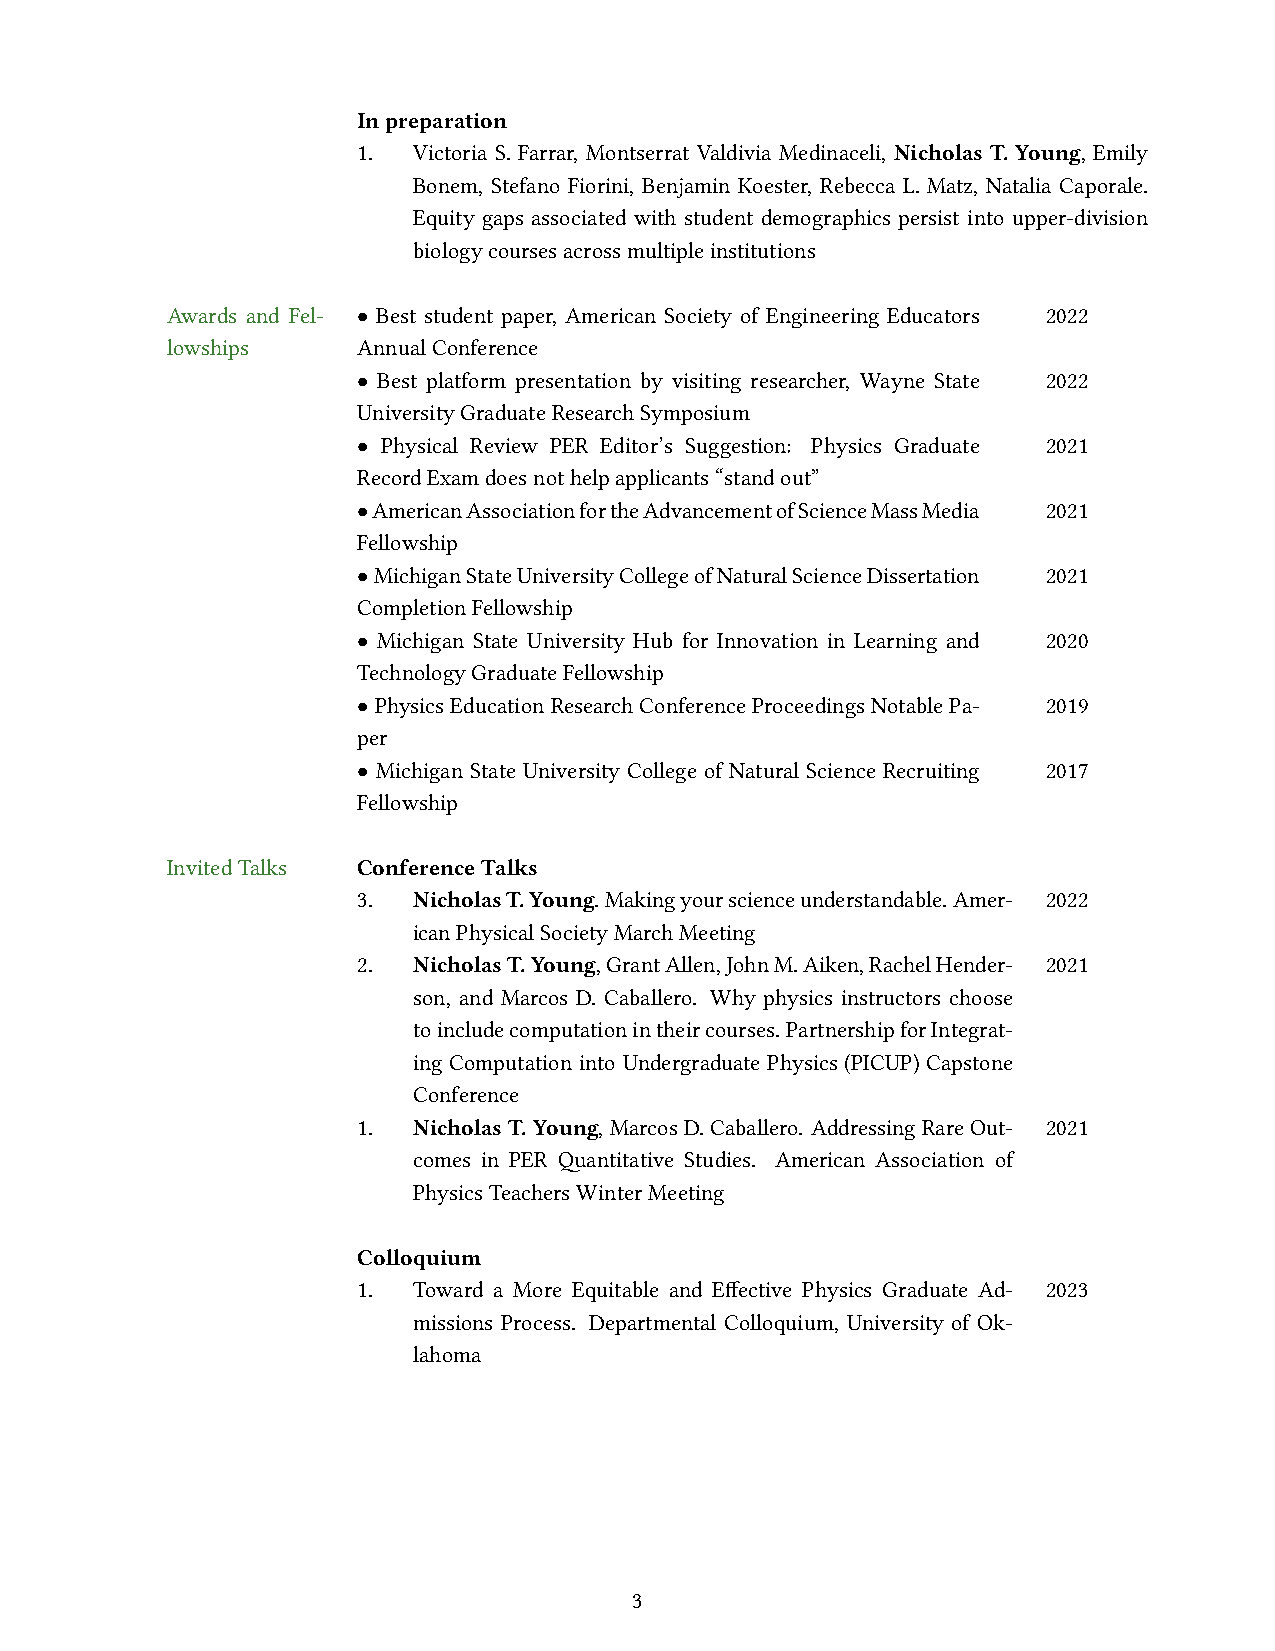
Inpreparation
 1. Victoria S. Farrar, Montserrat Valdivia Medinaceli, Nicholas T. Young, Emily
 Bonem, Stefano Fiorini, Benjamin Koester, Rebecca L. Matz, Natalia Caporale.
 Equity gaps associated with student demographics persist into upper-division
 biologycoursesacrossmultipleinstitutions
 Awards and Fel- • Best student paper, American Society of Engineering Educators 2022
 lowships     AnnualConference
 • Best platform presentation by visiting researcher, Wayne State 2022
 UniversityGraduateResearchSymposium
 • Physical Review PER Editor’s Suggestion: Physics Graduate 2021
 RecordExamdoesnothelpapplicants“standout”
 •AmericanAssociationfortheAdvancementofScienceMassMedia 2021
 Fellowship
 •MichiganStateUniversityCollegeofNaturalScienceDissertation 2021
 CompletionFellowship
 • Michigan State University Hub for Innovation in Learning and 2020
 TechnologyGraduateFellowship
 •PhysicsEducationResearchConferenceProceedingsNotablePa- 2019
 per
 • Michigan State University College of Natural Science Recruiting 2017
 Fellowship
 InvitedTalks ConferenceTalks
 3. NicholasT.Young.Makingyourscienceunderstandable.Amer- 2022
 icanPhysicalSocietyMarchMeeting
 2. NicholasT.Young,GrantAllen,JohnM.Aiken,RachelHender- 2021
 son, and Marcos D. Caballero. Why physics instructors choose
 toincludecomputationintheircourses. PartnershipforIntegrat-
 ing Computation into Undergraduate Physics (PICUP) Capstone
 Conference
 1. NicholasT.Young,MarcosD.Caballero. AddressingRareOut- 2021
 comes in PER Quantitative Studies. American Association of
 PhysicsTeachersWinterMeeting
 Colloquium
 1. Toward a More Equitable and Effective Physics Graduate Ad- 2023
 missions Process. Departmental Colloquium, University of Ok-
 lahoma
 3